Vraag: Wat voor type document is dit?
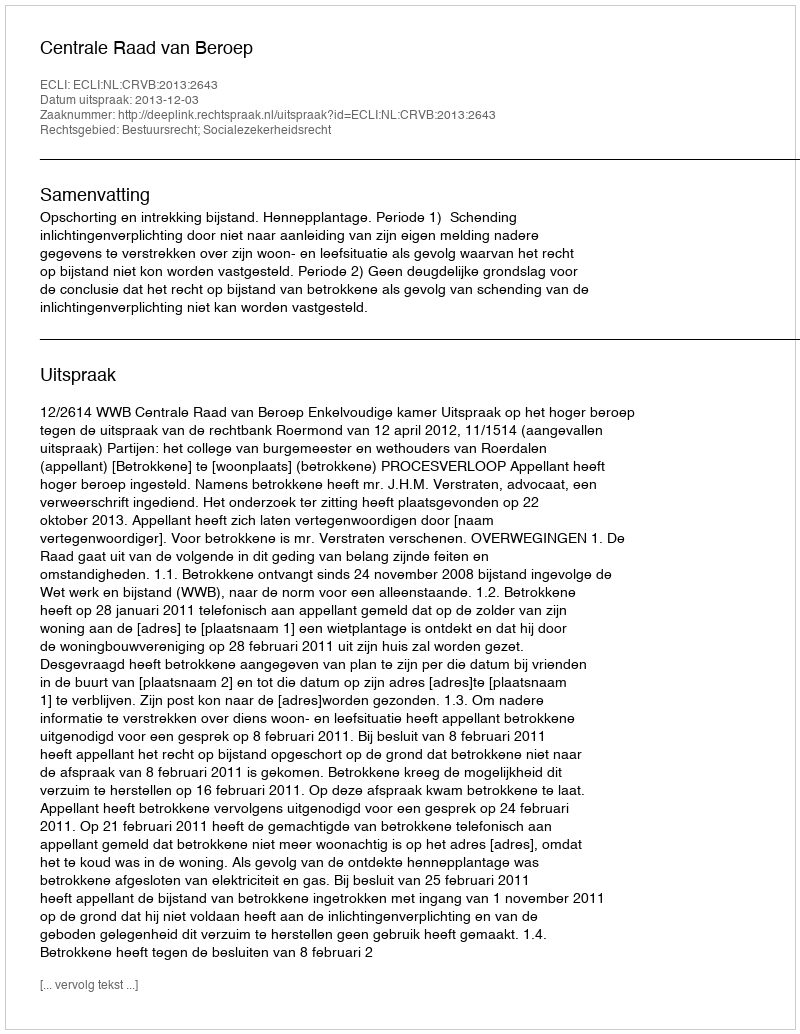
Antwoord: Uitspraak